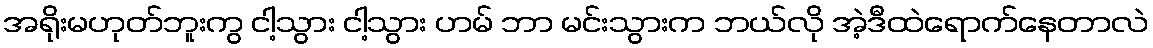
အရိုးမဟုတ်ဘူးကွ ငါ့သွား ငါ့သွား ဟမ် ဘာ မင်းသွားက ဘယ်လို အဲ့ဒီထဲရောက်နေတာလဲ